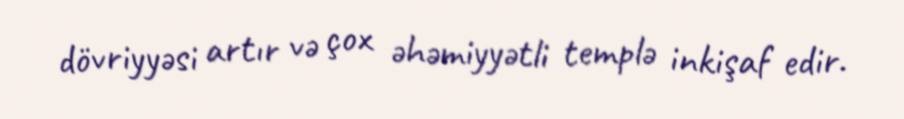
dövriyyəsi artır və çox əhəmiyyətli templə inkişaf edir.